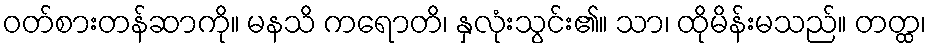
ဝတ်စားတန်ဆာကို။ မနသိ ကရောတိ၊ နှလုံးသွင်း၏။ သာ၊ ထိုမိန်းမသည်။ တတ္ထ၊